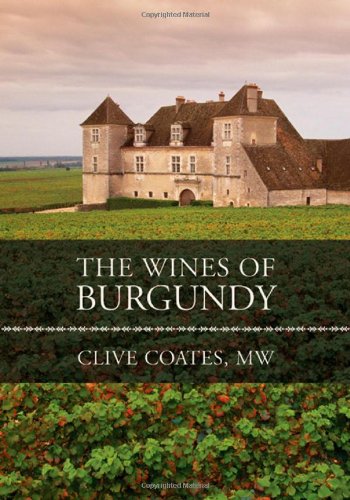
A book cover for The Wines of Burgundy; Clive Coates; Cookbooks, Food & Wine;